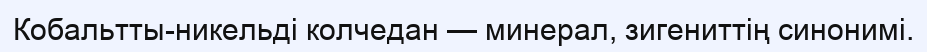
Кобальтты-никельдi колчедан — минерал, зигениттің синонимі.